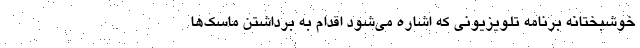
خوشبختانه برنامه‌ تلویزیونی که اشاره می‌شود اقدام به برداشتن ماسک‌ها